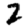
Digit: 2